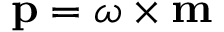
\mathbf { p } = { \boldsymbol { \omega } } \times \mathbf { m }